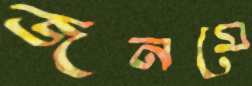
জনমে